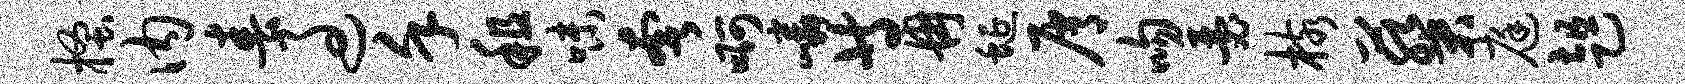
搔内春过堇租味奢啊嶙等冉蜒屑吻瑟核葵庭趄